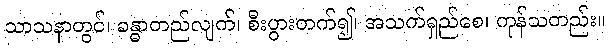
သာသနာတွင်၊ ခန္ဓာတည်လျက်၊ စီးပွားတက်၍၊ အသက်ရှည်စေ၊ ကုန်သတည်း။